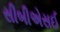
સીબીએસઈ